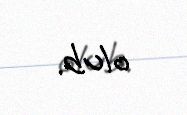
olub.